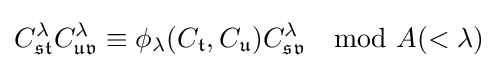
C_{\mathfrak {st}}^{\lambda }C_{\mathfrak {uv}}^{\lambda }\equiv \phi _{\lambda }(C_{\mathfrak {t}},C_{\mathfrak {u}})C_{\mathfrak {sv}}^{\lambda }\mod A(<\lambda )